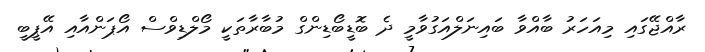
ރާއްޖޭގައި މިއަހަރު ބާއްވާ ބައިނަލްއަގުވާމީ ދެ ބޮޑީބޯޑިންގް މުބާރާތަކީ މޯލްޑިވްސް އޯޕަންއާއި އޭޕީބީ